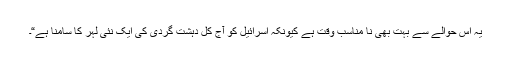
یہ اس حوالے سے بہت بھی نا مناسب وقت ہے کیونکہ اسرائیل کو آج کل دہشت گردی کی ایک نئی لہر کا سامنا ہے“۔